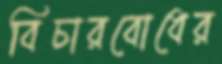
বিচারবোধের